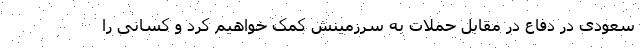
سعودی در دفاع در مقابل حملات به سرزمینش کمک خواهیم کرد و کسانی را